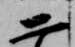
二